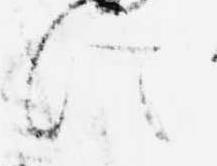
に